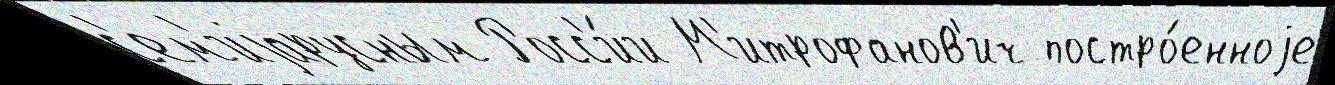
с'ем'иjарусным Росс'и́и М'итрофанов'ич постро́енноjе